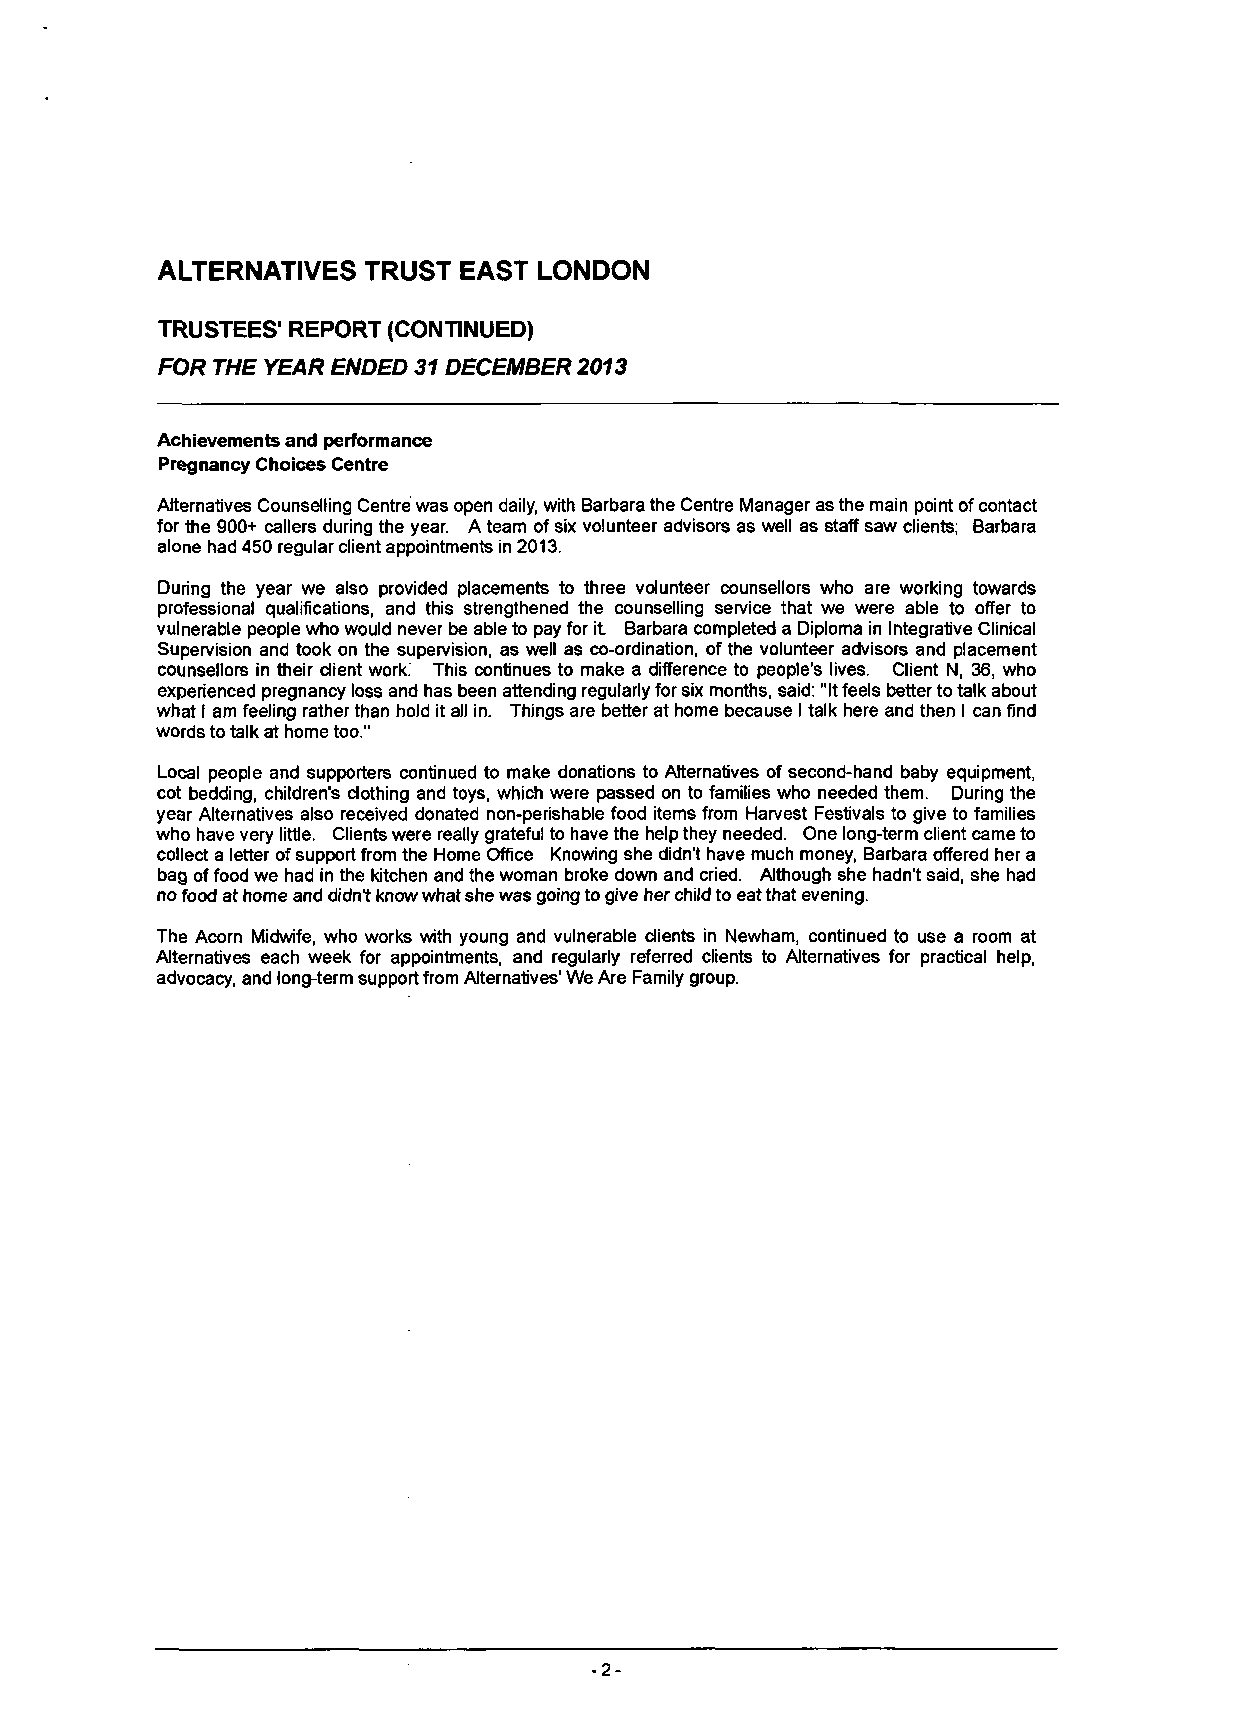
ALTERNATIVES  TRUST EAST LONDON
 TRUSTEES' REPORT (CONTINUED)
 FOR THE YEAR ENDED 31 DECEMBER 2013
 Achievements and performance
 Pregnancy Choices Centre
 Alternatives Counselling Centre was open daily, with Barbara the Centre Manager as the main point of contact
 for the 900+ callers during the year. A team of six volunteer advisors as well as staff saw clients; Barbara
 alone had 450 regular client appointments in 2013.
 During the year we also provided placements to three volunteer counsellors who are working towards
 professional qualifications, and this strengthened the counselling service that we were able to offer to
 vulnerable people who would never be able to pay for it. Barbara completed a Diploma in Integrative Clinical
 Supervision and took on the supervision, as well as co-ordination, of the volunteer advisors and placement
 counsellors in their client work. This continues to make a difference to people's lives. Client N, 36, who
 experienced pregnancy loss and has been attending regularly for six months, said: "It feels better to talk about
 what I am feeling rather than hold it all in. Things are better at home because I talk here and then I can find
 words to talk at home too."
 Local people and supporters continued to make donations to Alternatives of second-hand baby equipment,
 cot bedding, children's clothing and toys, which were passed on to families who needed them. During the
 year Alternatives also received donated non-perishable food items from Harvest Festivals to give to families
 who have very little. Clients were really grateful to have the help they needed. One long-term client came to
 collect a letter of support from the Home Office Knowing she didn't have much money, Barbara offered her a
 bag of food we had in the kitchen and the woman broke down and cried. Although she hadn't said, she had
 no food at home and didn't know what she was going to give her child to eat that evening.
 The Acorn Midwife, who works with young and vulnerable clients in Newham, continued to use a room at
 Alternatives each week for appointments, and regularly referred clients to Alternatives for practical help,
 advocacy, and long-term support from Alternatives' We Are Family group.
 -2-